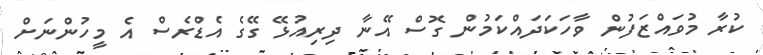
ކުރާ މުވައްޒަފުން ވާހަކަދައްކަމުން ގޮސް އޭނާ ދިރިއުޅޭ ގޭގެ އެޑްރެސް އެ މީހުންނަށް